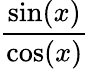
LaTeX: \frac{\sin(x)}{\cos(x)}